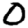
Digit: 0